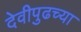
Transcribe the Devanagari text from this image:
देवीपुढच्या